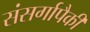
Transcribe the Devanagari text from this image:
संसर्गापैकी